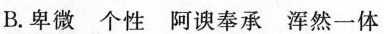
B.卑微 个性 阿谀奉承 浑然一体